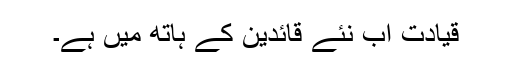
قیادت اب نئے قائدین کے ہاتھ میں ہے۔